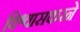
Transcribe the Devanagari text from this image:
विश्वासकरने